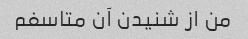
من از شنیدن آن متاسفم